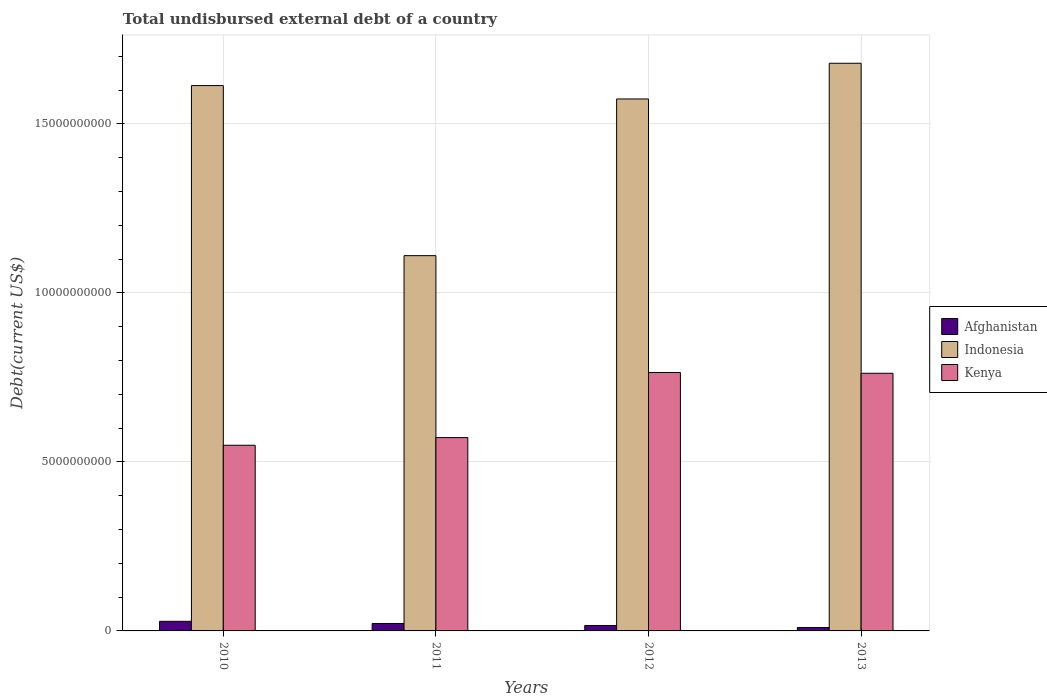
| Years | Afghanistan | Indonesia | Kenya |
 | --- | --- | --- | --- |
 | 2010 | 2.84e+08 | 1.61e+10 | 5.49e+09 |
 | 2011 | 2.2e+08 | 1.11e+10 | 5.72e+09 |
 | 2012 | 1.61e+08 | 1.57e+10 | 7.64e+09 |
 | 2013 | 1.02e+08 | 1.68e+10 | 7.62e+09 |